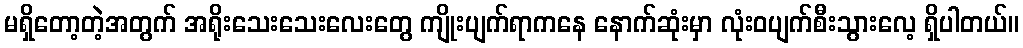
မရှိတော့တဲ့အတွက် အရိုးသေးသေးလေးတွေ ကျိုးပျက်ရာကနေ နောက်ဆုံးမှာ လုံးဝပျက်စီးသွားလေ့ ရှိပါတယ်။